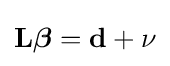
\mathbf {L} {\boldsymbol {\beta }}=\mathbf {d} +\mathbf {\nu }